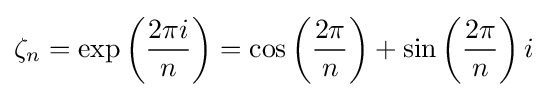
\zeta _{n}=\exp \left({\frac {2\pi i}{n}}\right)=\cos \left({\frac {2\pi }{n}}\right)+\sin \left({\frac {2\pi }{n}}\right)i